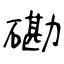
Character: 磡